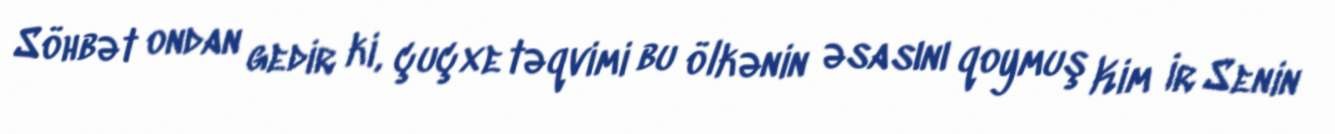
Söhbət ondan gedir ki, çuçxe təqvimi bu ölkənin əsasını qoymuş Kim İr Senin